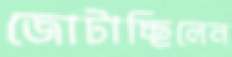
জোটাচ্ছিলেন